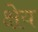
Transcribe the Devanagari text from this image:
क्षेय